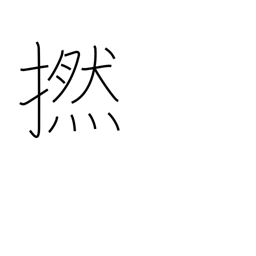
Meaning: twine